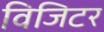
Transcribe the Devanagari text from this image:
विजिटर